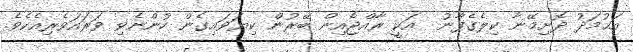
އަޙުމަދު ދޮށިމޭނާ ކިލެގެފާނު  އަކީ ރާއްޖެއިން ބޭރުން ކިޔަވައިގެން ހުންނެވި ވަރައަވެރިއެކެވެ.